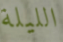
الليلة